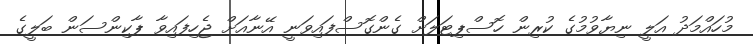
މުހައްމަދު އަލީ ނިޔާވުމުގެ ކުރިން ހޮސްޕިޓަލަށް ގެންގޮސްފައިވަނީ އޭނާއަށް ޖެހިފައިވާ ޕާކިންސަން ބަލީގެ